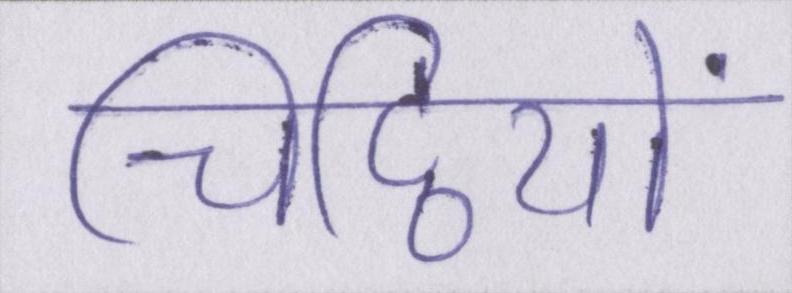
चिट्ठियों